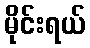
မိုင်းရယ်